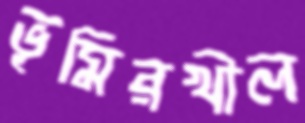
ভূমিরখীল